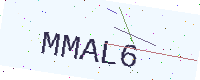
Text: MMAL6